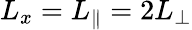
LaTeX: L_{x}=L_{\| }=2L_{\perp}